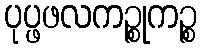
ပုပ္ဖဖလကဉ္စုကဉ္စ